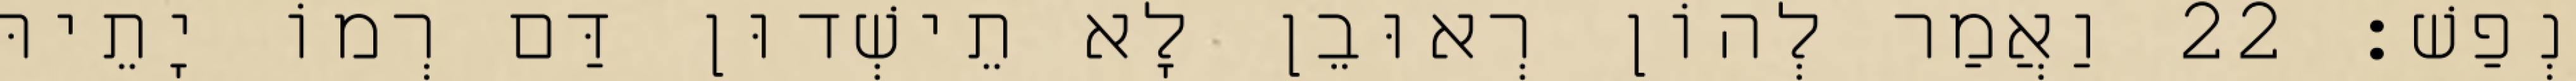
נְפַשׁ׃ 22 וַאֲמַר לְהוֹן רְאוּבֵן לָא תֵישְׁדוּן דַּם רְמוֹ יָתֵיהּ